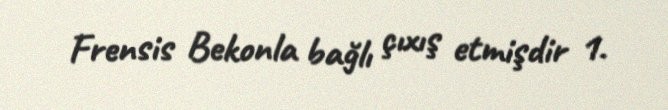
Frensis Bekonla bağlı çıxış etmişdir 1.